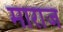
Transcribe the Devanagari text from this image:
माराज